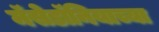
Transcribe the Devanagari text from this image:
मॅसेडॉनियाच्या